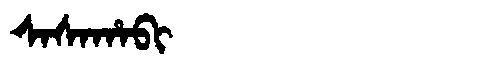
Manchu: ᠰᠠᠰᠠᡥᠠᠪᡳ
Romanization: SASAHABI